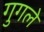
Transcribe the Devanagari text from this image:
गुगले